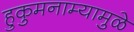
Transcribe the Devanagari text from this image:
हुकुमनाम्यामुळे